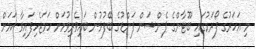
މި އަހަރުގެ ފޯރަމުގައި ބޫޓާންގެ ޕެންޝަން ފަންޑުގެ ބޭފުޅުން ބައިވެރިވުމަށް ހަމަޖެހިފައިވާ ކަަމަށް